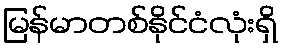
မြန်မာတစ်နိုင်ငံလုံးရှိ